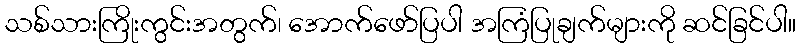
သစ်သားကြိုးကွင်းအတွက်၊ အောက်ဖော်ပြပါ အကြံပြုချက်များကို ဆင်ခြင်ပါ။